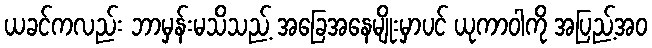
ယခင်ကလည်း ဘာမှန်းမသိသည့် အခြေအနေမျိုးမှာပင် ယုကာဝါကို အပြည့်အဝ